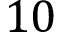
1 0